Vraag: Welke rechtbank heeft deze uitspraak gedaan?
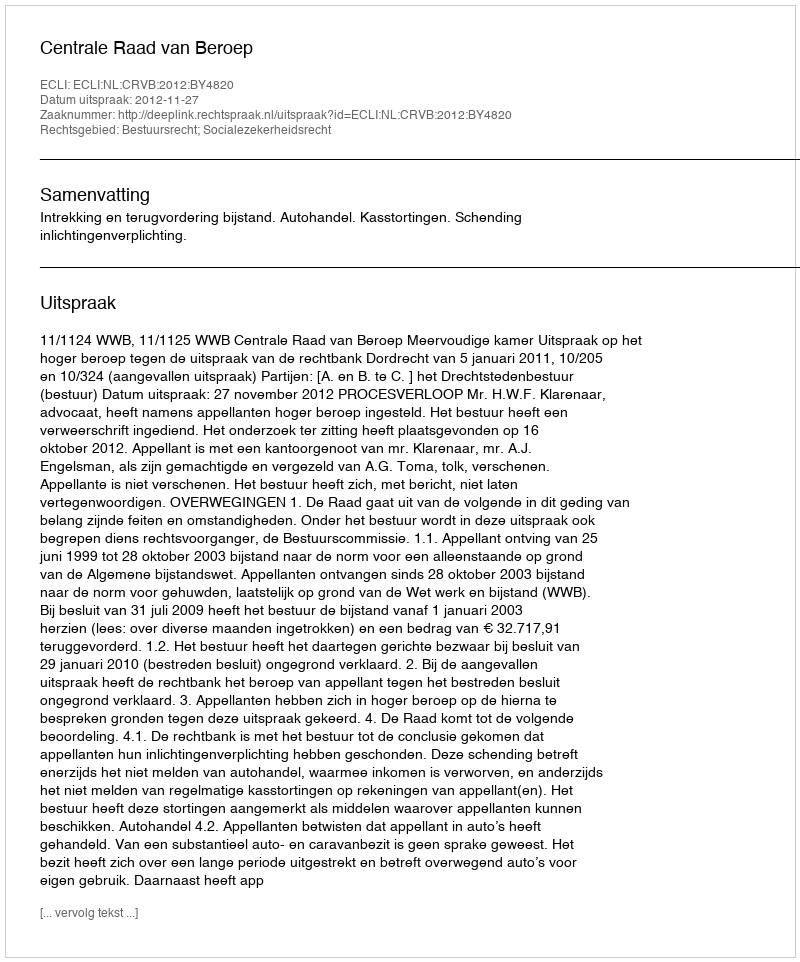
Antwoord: Centrale Raad van Beroep